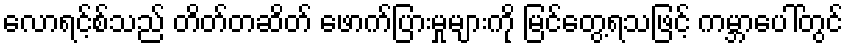
လောရင့်စ်သည် တိတ်တဆိတ် ဖောက်ပြားမှုများကို မြင်တွေ့ရသဖြင့် ကမ္ဘာပေါ်တွင်